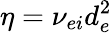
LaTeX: \eta=\nu_{ei}d_{e}^{2}